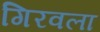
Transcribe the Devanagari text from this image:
गिरवला